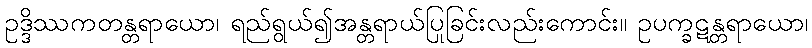
ဥဒ္ဒိဿကတန္တရာယော၊ ရည်ရွယ်၍အန္တရာယ်ပြုခြင်းလည်းကောင်း။ ဥပက္ခဋန္တရာယော၊